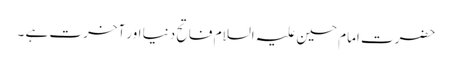
حضرت امام حسین علیہ السلام فاتح دنیا اور آخرت ہے ۔